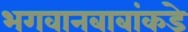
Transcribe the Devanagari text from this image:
भगवानबाबांकडे